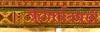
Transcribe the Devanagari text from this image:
ऋणाविषयी